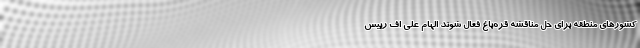
کشورهای منطقه برای حل مناقشه قره‌باغ فعال شوند الهام علی اف رییس